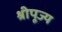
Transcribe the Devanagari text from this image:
श्रीपूज्य